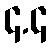
၄.၄